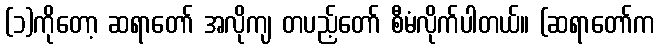
(၁)ကိုတော့ ဆရာတော် အလိုကျ တပည့်တော် စီမံလိုက်ပါတယ်။ (ဆရာတော်က